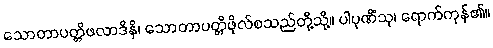
သောတာပတ္တိဖလာဒိနိ၊ သောတာပတ္တိဖိုလ်စသည်တို့သို့။ ပါပုဏိံသု၊ ရောက်ကုန်၏။